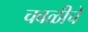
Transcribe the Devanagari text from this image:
चवळीचे